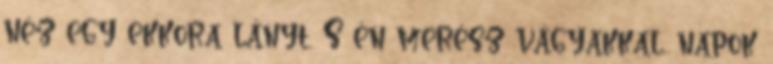
néz egy ekkora lányt. S én merész vágyakkal, napok